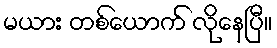
မယား တစ်ယောက် လိုနေပြီ။